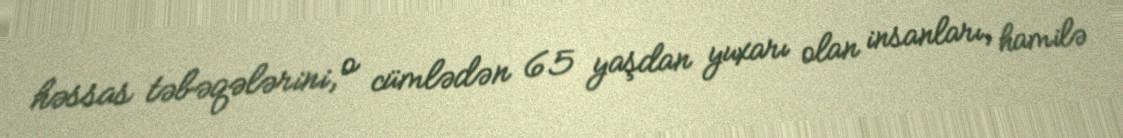
həssas təbəqələrini, o cümlədən 65 yaşdan yuxarı olan insanları, hamilə